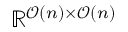
\mathbb { R } ^ { \mathcal { O } ( n ) \times \mathcal { O } ( n ) }